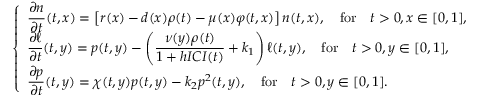
\left\{ \begin{array} { l l } { \displaystyle \frac { \partial n } { \partial t } ( t , x ) = \left[ r ( x ) - d ( x ) \rho ( t ) - \mu ( x ) \varphi ( t , x ) \right] n ( t , x ) , \quad \mathrm { f o r } \quad t > 0 , x \in [ 0 , 1 ] , } \\ { \displaystyle \frac { \partial \ell } { \partial t } ( t , y ) = p ( t , y ) - \left( \frac { \nu ( y ) \rho ( t ) } { 1 + h I C I ( t ) } + k _ { 1 } \right) \ell ( t , y ) , \quad \mathrm { f o r } \quad t > 0 , y \in [ 0 , 1 ] , } \\ { \displaystyle \frac { \partial p } { \partial t } ( t , y ) = \chi ( t , y ) p ( t , y ) - k _ { 2 } p ^ { 2 } ( t , y ) , \quad \mathrm { f o r } \quad t > 0 , y \in [ 0 , 1 ] . } \end{array} \right.